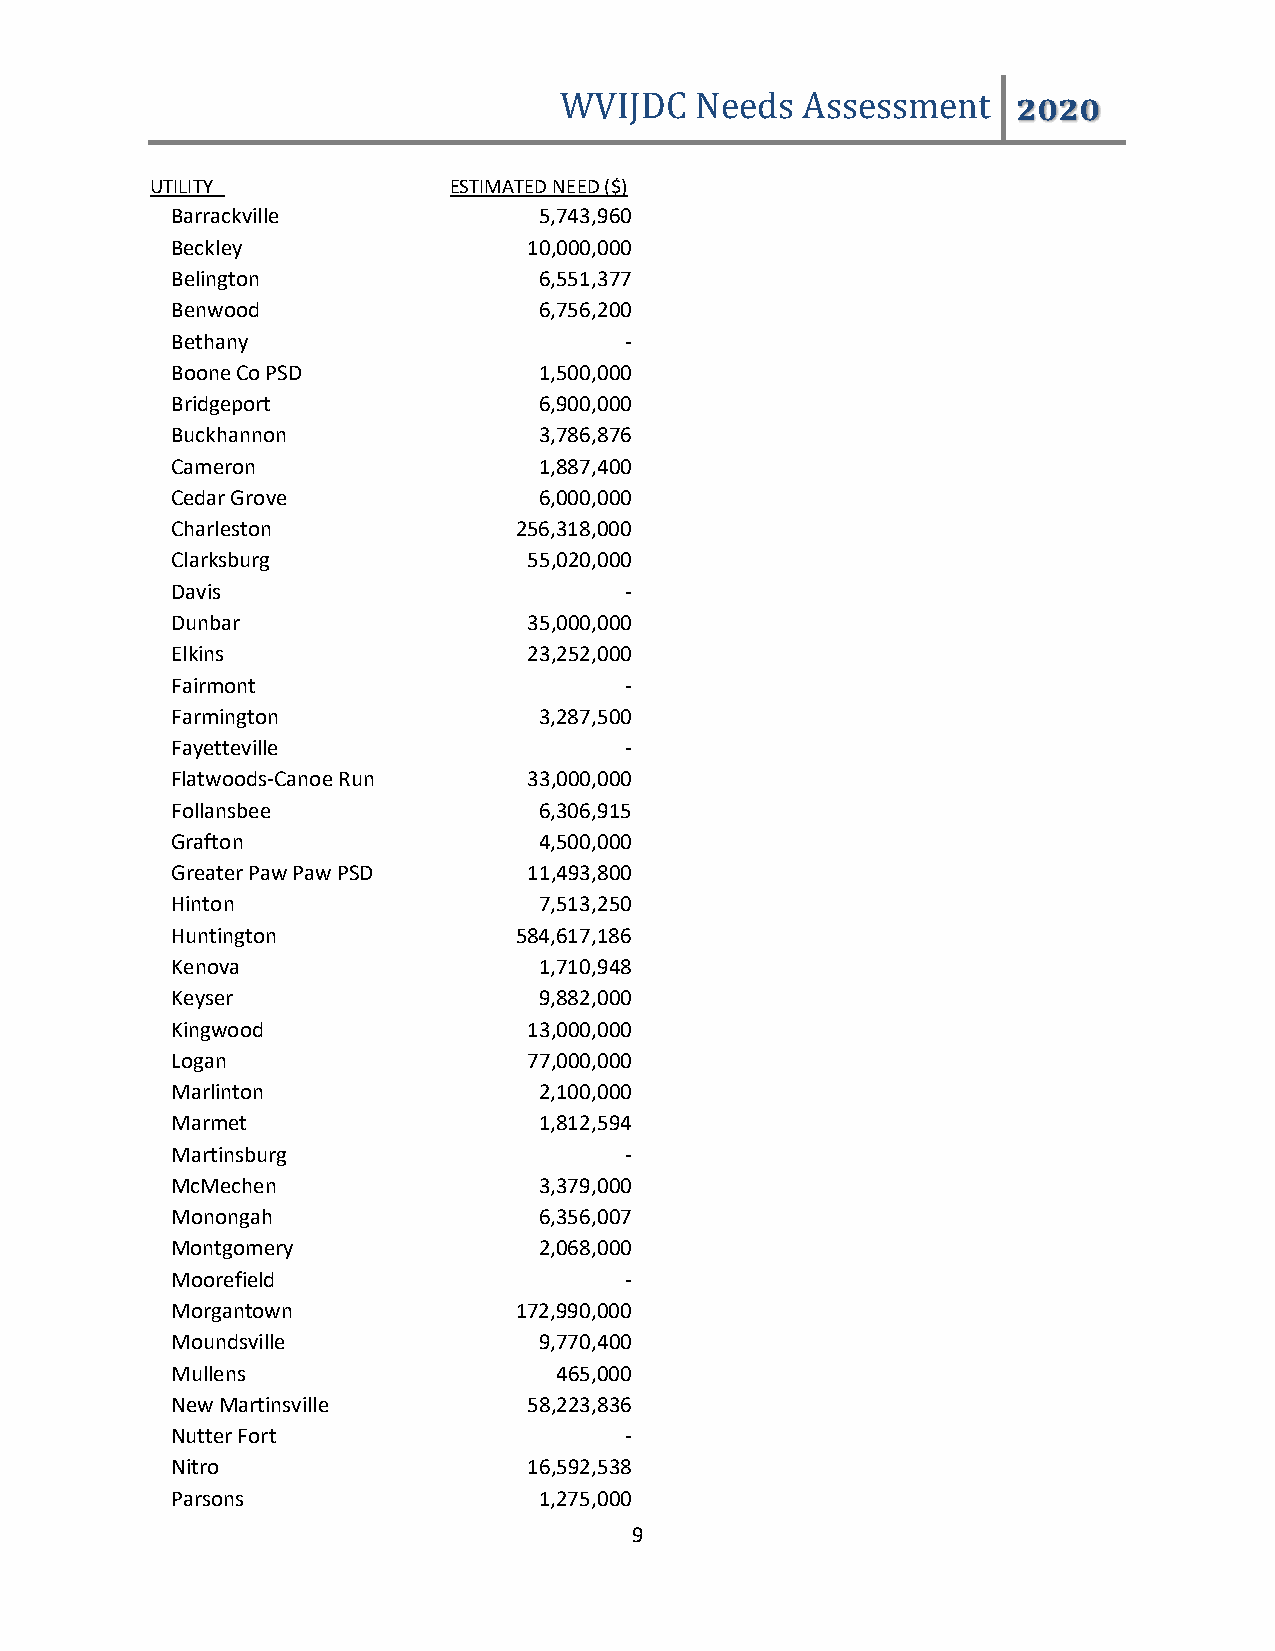
WVIJDC   Needs  Assessment    2020
 UTILITY             ESTIMATED NEED ($)
 Barrackville             5,743,960
 Beckley                 10,000,000
 Belington                6,551,377
 Benwood                  6,756,200
 Bethany                       -
 Boone Co PSD             1,500,000
 Bridgeport               6,900,000
 Buckhannon               3,786,876
 Cameron                  1,887,400
 Cedar Grove              6,000,000
 Charleston             256,318,000
 Clarksburg              55,020,000
 Davis                         -
 Dunbar                  35,000,000
 Elkins                  23,252,000
 Fairmont                      -
 Farmington               3,287,500
 Fayetteville                  -
 Flatwoods-Canoe Run     33,000,000
 Follansbee               6,306,915
 Grafton                  4,500,000
 Greater Paw Paw PSD     11,493,800
 Hinton                   7,513,250
 Huntington             584,617,186
 Kenova                   1,710,948
 Keyser                   9,882,000
 Kingwood                13,000,000
 Logan                   77,000,000
 Marlinton                2,100,000
 Marmet                   1,812,594
 Martinsburg                   -
 McMechen                 3,379,000
 Monongah                 6,356,007
 Montgomery               2,068,000
 Moorefield                    -
 Morgantown             172,990,000
 Moundsville              9,770,400
 Mullens                   465,000
 New Martinsville        58,223,836
 Nutter Fort                   -
 Nitro                   16,592,538
 Parsons                  1,275,000
 9